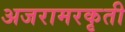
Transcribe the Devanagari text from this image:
अजरामरकृती